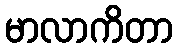
မာလာကိတာ